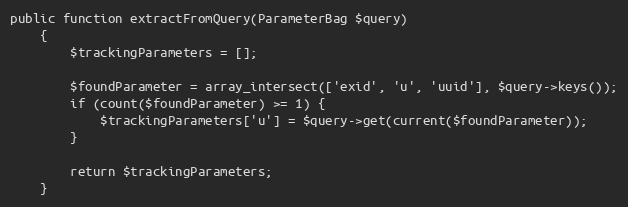
Language: PHP
public function extractFromQuery(ParameterBag $query)
    {
        $trackingParameters = [];

        $foundParameter = array_intersect(['exid', 'u', 'uuid'], $query->keys());
        if (count($foundParameter) >= 1) {
            $trackingParameters['u'] = $query->get(current($foundParameter));
        }

        return $trackingParameters;
    }